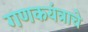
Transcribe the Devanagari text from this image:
गणकयंत्राचे